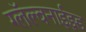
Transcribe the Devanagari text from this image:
ग्लॅल्वनाईझ्ड